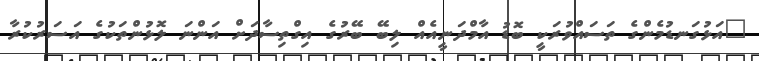
"އަޅުގަނޑުމެންގެ ތަސައްވުރަކީ ބޮޑު އާމްދަނީއެއް ލިބޭ ބޭރުގެ އިގްތިސާދަށް އަންނަ ލޮޅުންތަކުގެ އަސަރުކުރާ